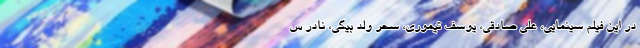
در این فیلم سینمایی، علی صادقی، یوسف تیموری، سحر ولد بیگی، نادر س